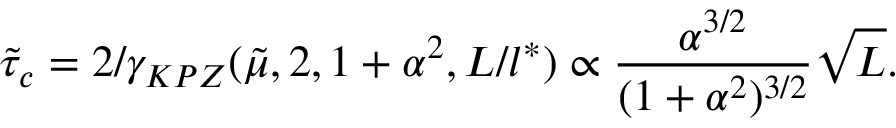
\tilde { \tau } _ { c } = 2 / \gamma _ { K P Z } ( \tilde { \mu } , 2 , 1 + \alpha ^ { 2 } , L / l ^ { * } ) \propto \frac { \alpha ^ { 3 / 2 } } { ( 1 + \alpha ^ { 2 } ) ^ { 3 / 2 } } \sqrt { { L } } .